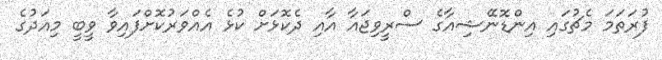
ފުރަތަމަ މެޗުގައި އިންޑޮނޭޝިއާގެ ސްރީވިޖައާ އާއި ދެކޮޅަށް ކުޅެ އެއްވަރުކޮށްފައިވާ ވީބީ މިއަދުގެ